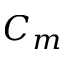
C _ { m }